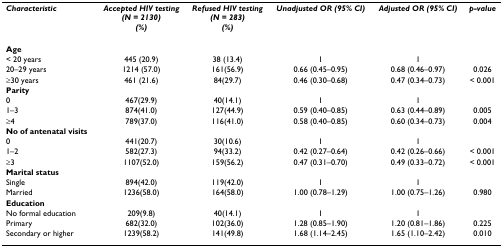
<table><thead><tr><td><b><i>Characteristic</i></b></td><td><b><i>Accepted HIV testing</i><i>(N = 2130)</i><i>(%)</i></b></td><td><b><i>Refused HIV testing</i><i>(N = 283)</i><i>(%)</i></b></td><td><b><i>Unadjusted OR (95% CI)</i></b></td><td><b><i>Adjusted OR (95% CI)</i></b></td><td><b><i>p-value</i></b></td></tr></thead><tbody><tr><td><b>Age</b></td><td></td><td></td><td></td><td></td><td></td></tr><tr><td>&lt; 20 years</td><td>445 (20.9)</td><td>38 (13.4)</td><td>1</td><td>1</td><td></td></tr><tr><td>20–29 years</td><td>1214 (57.0)</td><td>161(56.9)</td><td>0.66 (0.45–0.95)</td><td>0.68 (0.46–0.97)</td><td>0.026</td></tr><tr><td>≥30 years</td><td>461 (21.6)</td><td>84(29.7)</td><td>0.46 (0.30–0.68)</td><td>0.47 (0.34–0.73)</td><td>&lt; 0.001</td></tr><tr><td><b>Parity</b></td><td></td><td></td><td></td><td></td><td></td></tr><tr><td>0</td><td>467(29.9)</td><td>40(14.1)</td><td>1</td><td>1</td><td></td></tr><tr><td>1–3</td><td>874(41.0)</td><td>127(44.9)</td><td>0.59 (0.40–0.85)</td><td>0.63 (0.44–0.89)</td><td>0.005</td></tr><tr><td>≥4</td><td>789(37.0)</td><td>116(41.0)</td><td>0.58 (0.40–0.85)</td><td>0.60 (0.34–0.73)</td><td>0.004</td></tr><tr><td><b>No of antenatal visits</b></td><td></td><td></td><td></td><td></td><td></td></tr><tr><td>0</td><td>441(20.7)</td><td>30(10.6)</td><td>1</td><td>1</td><td></td></tr><tr><td>1–2</td><td>582(27.3)</td><td>94(33.2)</td><td>0.42 (0.27–0.64)</td><td>0.42 (0.26–0.66)</td><td>&lt; 0.001</td></tr><tr><td>≥3</td><td>1107(52.0)</td><td>159(56.2)</td><td>0.47 (0.31–0.70)</td><td>0.49 (0.33–0.72)</td><td>&lt; 0.001</td></tr><tr><td><b>Marital status</b></td><td></td><td></td><td></td><td></td><td></td></tr><tr><td>Single</td><td>894(42.0)</td><td>119(42.0)</td><td>1</td><td>1</td><td></td></tr><tr><td>Married</td><td>1236(58.0)</td><td>164(58.0)</td><td>1.00 (0.78–1.29)</td><td>1.00 (0.75–1.26)</td><td>0.980</td></tr><tr><td><b>Education</b></td><td></td><td></td><td></td><td></td><td></td></tr><tr><td>No formal education</td><td>209(9.8)</td><td>40(14.1)</td><td>1</td><td>1</td><td></td></tr><tr><td>Primary</td><td>682(32.0)</td><td>102(36.0)</td><td>1.28 (0.85–1.90)</td><td>1.20 (0.81–1.86)</td><td>0.225</td></tr><tr><td>Secondary or higher</td><td>1239(58.2)</td><td>141(49.8)</td><td>1.68 (1.14–2.45)</td><td>1.65 (1.10–2.42)</td><td>0.010</td></tr></tbody></table>